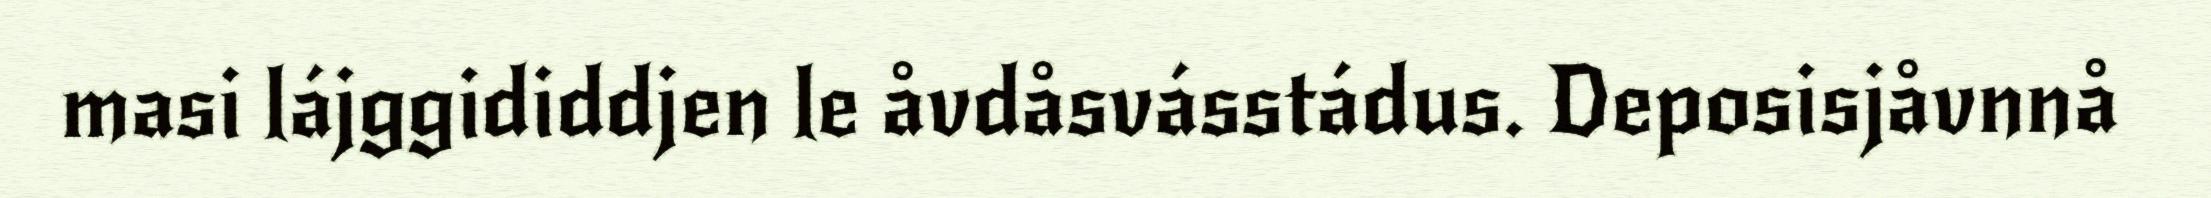
masi lájggididdjen le åvdåsvásstádus. Deposisjåvnnå